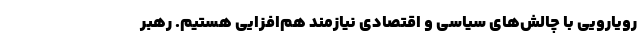
رویارویی با چالش‌های سیاسی و اقتصادی نیازمند هم‌افزایی هستیم. رهبر